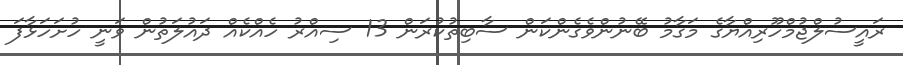
ރައީސުލްޖުމްހޫރިއްޔާގެ މަގާމު ބޭނުންވެގެންކަން ސާބިތުކުރަން 13 ސިއްރު ހެއްކެއް ދައުލަތުން ވަނީ ހުށަހަޅާފަ